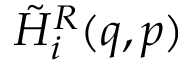
\tilde { { \cal H } } _ { i } ^ { R } ( q , p )